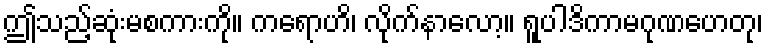
ဤသည့်ဆုံးမစကားကို။ ကရောဟိ၊ လိုက်နာလော့။ ရူပါဒိကာမဂုဏဟေတု၊